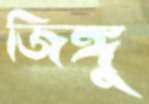
জিঙ্গু